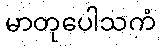
မာတုပေါသကံ